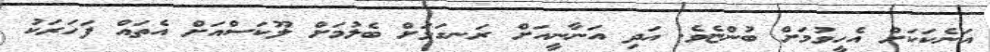
އަނެކަކަށް އެހީވުމަށް ބުންޏެވެ. އަދި އަނާނީއަށް ރަނގަޅަށް ބެލުމަށް ލޫކަސްއަށް އެތައް ފަހަރަކު